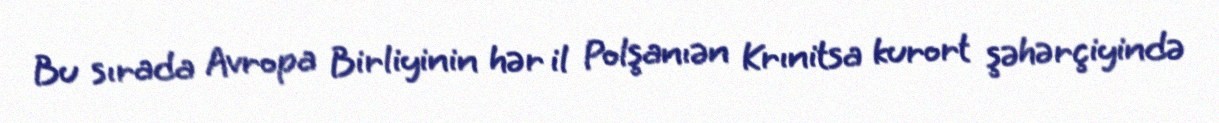
Bu sırada Avropa Birliyinin hər il Polşanıən Krınitsa kurort şəhərçiyində